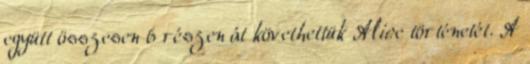
együtt összesen 6 részen át követhettük Alice történetét. A